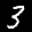
Label: 3